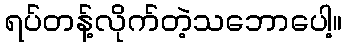
ရပ်တန့်လိုက်တဲ့သဘောပေါ့။